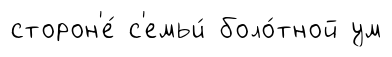
сторон'е́ с'емьи́ боло́тной ум